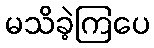
မသိခဲ့ကြပေ